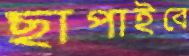
ছাপাইবে